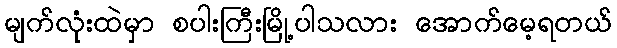
မျက်လုံးထဲမှာ စပါးကြီးမြို့ပါသလား အောက်မေ့ရတယ်